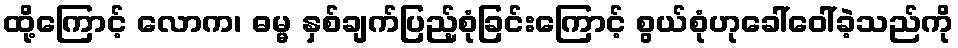
ထို့ကြောင့် လောက၊ ဓမ္မ နှစ်ချက်ပြည့်စုံခြင်းကြောင့် စွယ်စုံဟုခေါ်ဝေါ်ခဲ့သည်ကို